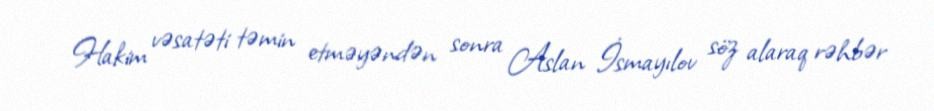
Hakim vəsatəti təmin etməyəndən sonra Aslan İsmayılov söz alaraq rəhbər